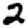
Digit: 2